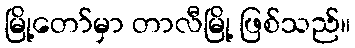
မြို့တော်မှာ တာလီမြို့ ဖြစ်သည်။